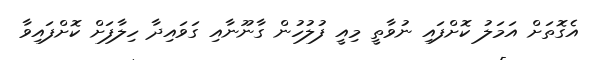
އެގޮތަށް އަމަލު ކޮށްފައި ނުވާތީ މިއީ ފުލުހުން ގާނޫނާއި ގަވައިދާ ހިލާފަށް ކޮށްފައިވާ